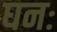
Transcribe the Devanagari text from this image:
घनः